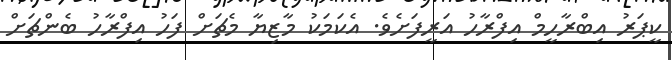
ކީޕަރު އިބްރާހީމް އިފްރާހު އަރީފަށެވެ. އެކަމަކު މާޒިޔާ މެޗަށް ފަހު އިފްރާހު ބެންޗަށް